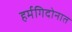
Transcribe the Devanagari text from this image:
हर्मगिदोनात